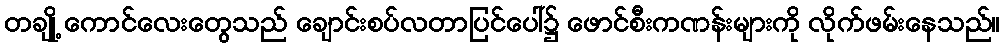
တချို့ ကောင်လေးတွေသည် ချောင်းစပ်လတာပြင်ပေါ်၌ ဖောင်စီးကဏန်းများကို လိုက်ဖမ်းနေသည်။